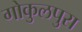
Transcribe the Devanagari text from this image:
गोकुलपुरा